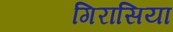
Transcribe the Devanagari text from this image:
गिरासिया